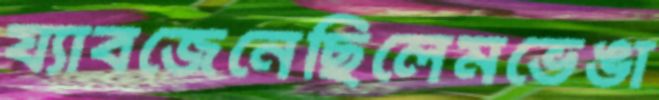
য্যাবজেনেছিলেমভেঙা